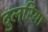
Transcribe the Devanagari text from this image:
दुलरिया